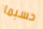
حسبما